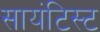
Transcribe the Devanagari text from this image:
सायंटिस्ट